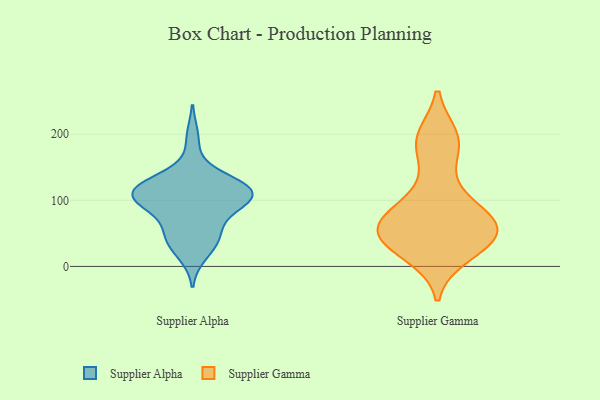
{"axis": {"x": "Active Users", "y": "Value"}, "legend": ["Supplier Alpha", "Supplier Gamma"], "data": [{"x": "", "y": 99, "type": "Supplier Alpha"}, {"x": "", "y": 19, "type": "Supplier Alpha"}, {"x": "", "y": 194, "type": "Supplier Alpha"}, {"x": "", "y": 97, "type": "Supplier Alpha"}, {"x": "", "y": 121, "type": "Supplier Alpha"}, {"x": "", "y": 122, "type": "Supplier Alpha"}, {"x": "", "y": 90, "type": "Supplier Alpha"}, {"x": "", "y": 106, "type": "Supplier Alpha"}, {"x": "", "y": 134, "type": "Supplier Alpha"}, {"x": "", "y": 44, "type": "Supplier Alpha"}, {"x": "", "y": 111, "type": "Supplier Alpha"}, {"x": "", "y": 121, "type": "Supplier Alpha"}, {"x": "", "y": 100, "type": "Supplier Alpha"}, {"x": "", "y": 41, "type": "Supplier Alpha"}, {"x": "", "y": 113, "type": "Supplier Alpha"}, {"x": "", "y": 113, "type": "Supplier Alpha"}, {"x": "", "y": 41, "type": "Supplier Alpha"}, {"x": "", "y": 60, "type": "Supplier Alpha"}, {"x": "", "y": 33, "type": "Supplier Gamma"}, {"x": "", "y": 121, "type": "Supplier Gamma"}, {"x": "", "y": 73, "type": "Supplier Gamma"}, {"x": "", "y": 194, "type": "Supplier Gamma"}, {"x": "", "y": 80, "type": "Supplier Gamma"}, {"x": "", "y": 66, "type": "Supplier Gamma"}, {"x": "", "y": 186, "type": "Supplier Gamma"}, {"x": "", "y": 188, "type": "Supplier Gamma"}, {"x": "", "y": 52, "type": "Supplier Gamma"}, {"x": "", "y": 45, "type": "Supplier Gamma"}, {"x": "", "y": 19, "type": "Supplier Gamma"}, {"x": "", "y": 50, "type": "Supplier Gamma"}, {"x": "", "y": 37, "type": "Supplier Gamma"}, {"x": "", "y": 74, "type": "Supplier Gamma"}]}